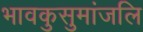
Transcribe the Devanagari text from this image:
भावकुसुमांजलि